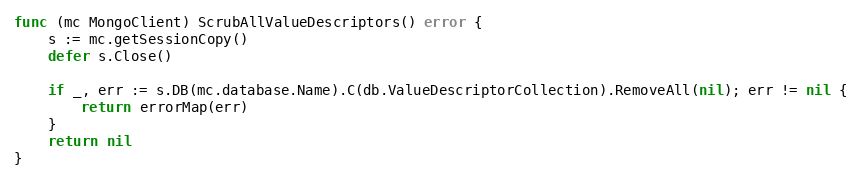
Language: Go
func (mc MongoClient) ScrubAllValueDescriptors() error {
	s := mc.getSessionCopy()
	defer s.Close()

	if _, err := s.DB(mc.database.Name).C(db.ValueDescriptorCollection).RemoveAll(nil); err != nil {
		return errorMap(err)
	}
	return nil
}